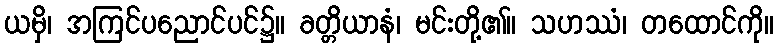
ယမှိ၊ အကြင်ပညောင်ပင်၌။ ခတ္တိယာနံ၊ မင်းတို့၏။ သဟဿံ၊ တထောင်ကို။